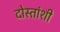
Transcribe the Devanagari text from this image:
दोस्तांशी